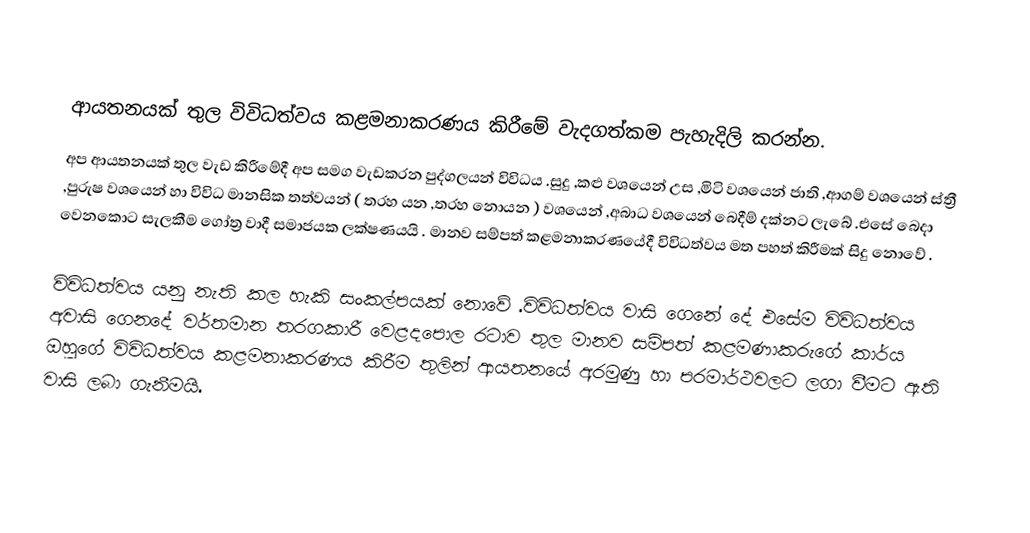

ආයතනයක් තුල විවිධත්වය  කළමනාකරණය කිරීමේ වැදගත්කම පැහැදිලි කරන්න.
අප ආයතනයක් තුල වැඩ කිරීමේදී අප සමග වැඩකරන පුද්ගලයන් විවිධය .සුදු ,කළු වශයෙන් උස ,මිටි වශයෙන් ජාති ,ආගම් වශයෙන් ස්ත්‍රී ,පුරුෂ වශයෙන් හා විවිධ මානසික තත්වයන් ( තරහ යන ,තරහ නොයන ) වශයෙන් ,අබාධ වශයෙන් බෙදීම් දක්නට ලැබේ .එසේ බෙදා වෙනකොට සැලකීම ගෝත්‍ර වාදී  සමාජයක ලක්ෂණයයි . මානව සම්පත් කළමනාකරණයේදී විවිධත්වය මත පහත්  කිරීමක් සිදු නොවේ .

විවිධත්වය යනු නැති කල හැකි සංකල්පයක් නොවේ .විවිධත්වය වාසි ගෙනේ දේ එසේම විවිධත්වය අවාසි  ගෙනදේ වර්තමාන තරගකාරී වෙළදපොල රටාව තුල මානව සම්පත් කළමණාකරුගේ කාර්ය ඔහුගේ විවිධත්වය  කළමනාකරණය කිරීම තුලින් ආයතනයේ අරමුණු හා පරමාර්ථවලට ලගා වීමට ඇති වාසි ලබා ගැනීමයි.